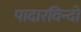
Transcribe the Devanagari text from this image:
पादारविन्दों